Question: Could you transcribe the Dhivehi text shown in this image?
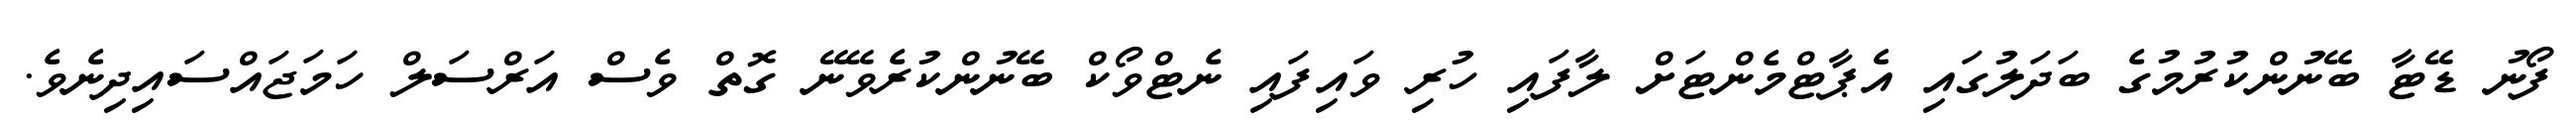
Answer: ފޯނު ޑޭޓާ ބޭނުންކުރުމުގެ ބަދަލުގައި އެޕާޓްމެންޓަށް ލާފައި ހުރި ވައިފައި ނެޓްވޯކް ބޭނުންކުރެވޭނޭ ގޮތް ވެސް އަރްސަލް ހަމަޖައްސައިދިނެވެ.